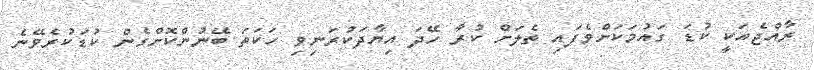
ރާއްޖެއަކީ ކުޑަ ގައުމަކަށްވެފައި ތެލަށް ކުރާ ހޭދަ އިޔާދަކުރަނިވި ހަކަތަ ބޭނުންކޮށްގެން ކުޑަކުރެވޭނެ